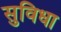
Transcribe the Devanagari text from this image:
सुविधा